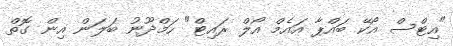
"އިޓްސް އޯކޭ ބައްޕާ އައެމް އޯލް ރައިޓް" ހަމްދޫނު ބަލަން އިން ގޮތް